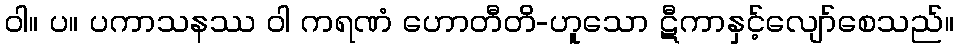
ဝါ။ ပ။ ပကာသနဿ ဝါ ကရဏံ ဟောတီတိ-ဟူသော ဋီကာနှင့်လျော်စေသည်။